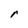
Character: r